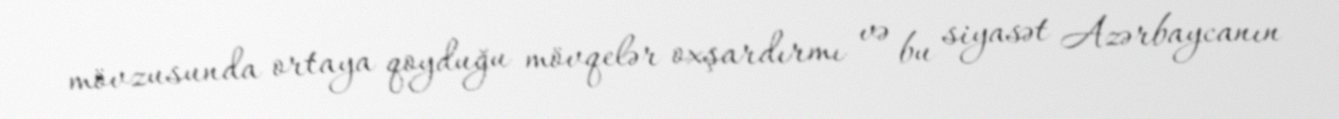
mövzusunda ortaya qoyduğu mövqelər oxşardırmı və bu siyasət Azərbaycanın